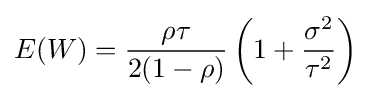
E(W)={\frac {\rho \tau }{2(1-\rho )}}\left(1+{\frac {\sigma ^{2}}{\tau ^{2}}}\right)